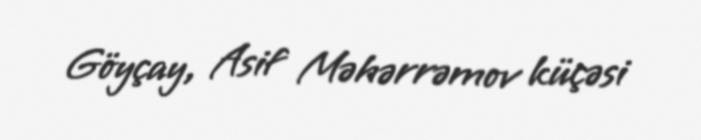
Göyçay, Asif Məhərrəmov küçəsi